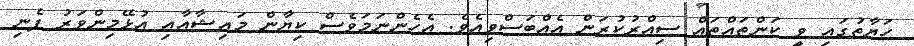
ހަޔާތުގައި ވީ ކަންތައްތައް ސިއްރުކުރަން އެއްބަސްވިއެވެ. އެހެންނަމަވެސް ކިޔާން މައިޝާއާއި އުޅޭމިންވަރު ފެނި